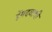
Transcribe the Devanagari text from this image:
हेंमदवाथी